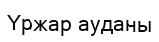
Үржар ауданы